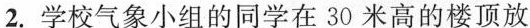
2.学校气象小组的同学在30米高的楼顶放